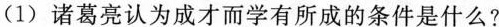
(1)诸葛亮认为成才而学有所成的条件是什么?